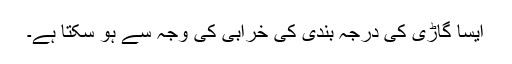
ایسا گاڑی کی درجہ بندی کی خرابی کی وجہ سے ہو سکتا ہے۔